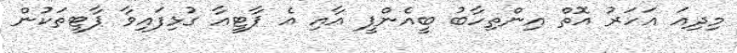
މިދިއަ އަހަރު އޮތް އިންތިހާބު ބީއެންޕީ އާއި އެ ޕާޓީއާ ގުޅިފައިވާ ޕާޓީތަކުން